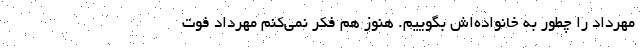
مهرداد را چطور به خانواده‌اش بگوییم. هنوز هم فکر نمی‌کنم مهرداد فوت